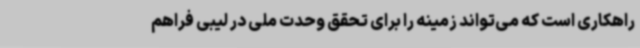
راهکاری است که می‌تواند زمینه را برای تحقق وحدت ملی در لیبی فراهم